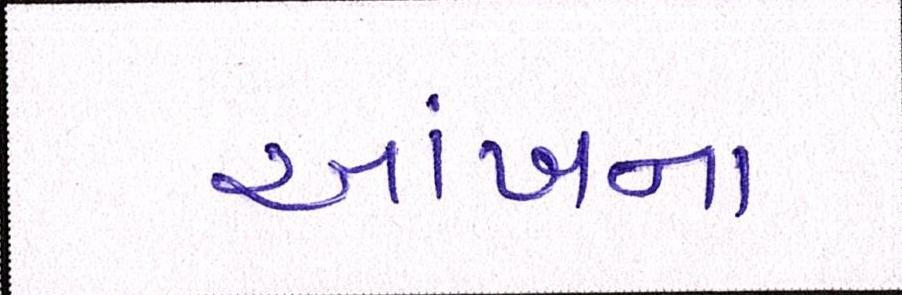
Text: આંખના